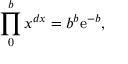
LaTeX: \prod _ { 0 } ^ { b } x ^ { d x } = b ^ { b } \mathrm { { e } } ^ { - b } ,